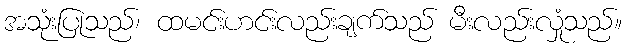
အသုံးပြုသည်၊ ထမင်းဟင်းလည်းချက်သည် မီးလည်းလှုံသည်။